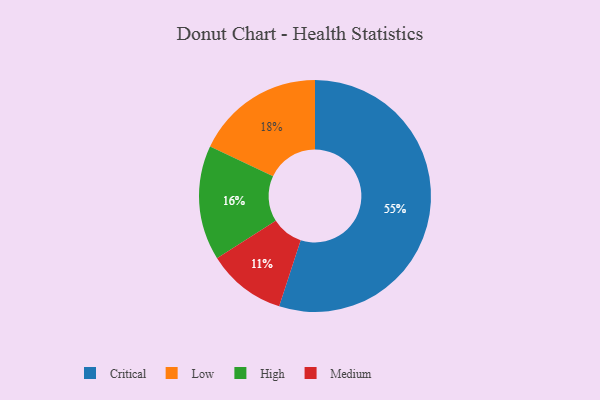
{"axis": {"x": "Category", "y": "Percentage"}, "legend": ["Critical", "High", "Low", "Medium"], "data": [{"x": "High", "y": 16, "type": "High"}, {"x": "Critical", "y": 55, "type": "Critical"}, {"x": "Low", "y": 18, "type": "Low"}, {"x": "Medium", "y": 11, "type": "Medium"}]}